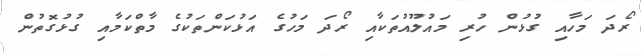
ރޯދަ މަހާއި ގުޅުން ހުރި މައުލޫއުތަކާއި ރޯދަ މަހުގެ އަޅުކަންތަކުގެ މާތްކަމާއި ގުޅުގޮތުން